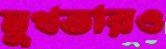
মুখতারও